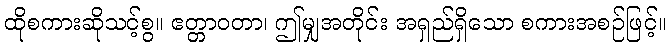
ထိုစကားဆိုသင့်စွ။ ဧတ္တာဝတာ၊ ဤမျှအတိုင်း အရှည်ရှိသော စကားအစဉ်ဖြင့်။